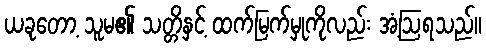
ယခုတော့ သူမ၏ သတ္တိနှင့် ထက်မြက်မှုကိုလည်း အံ့ဩရသည်။